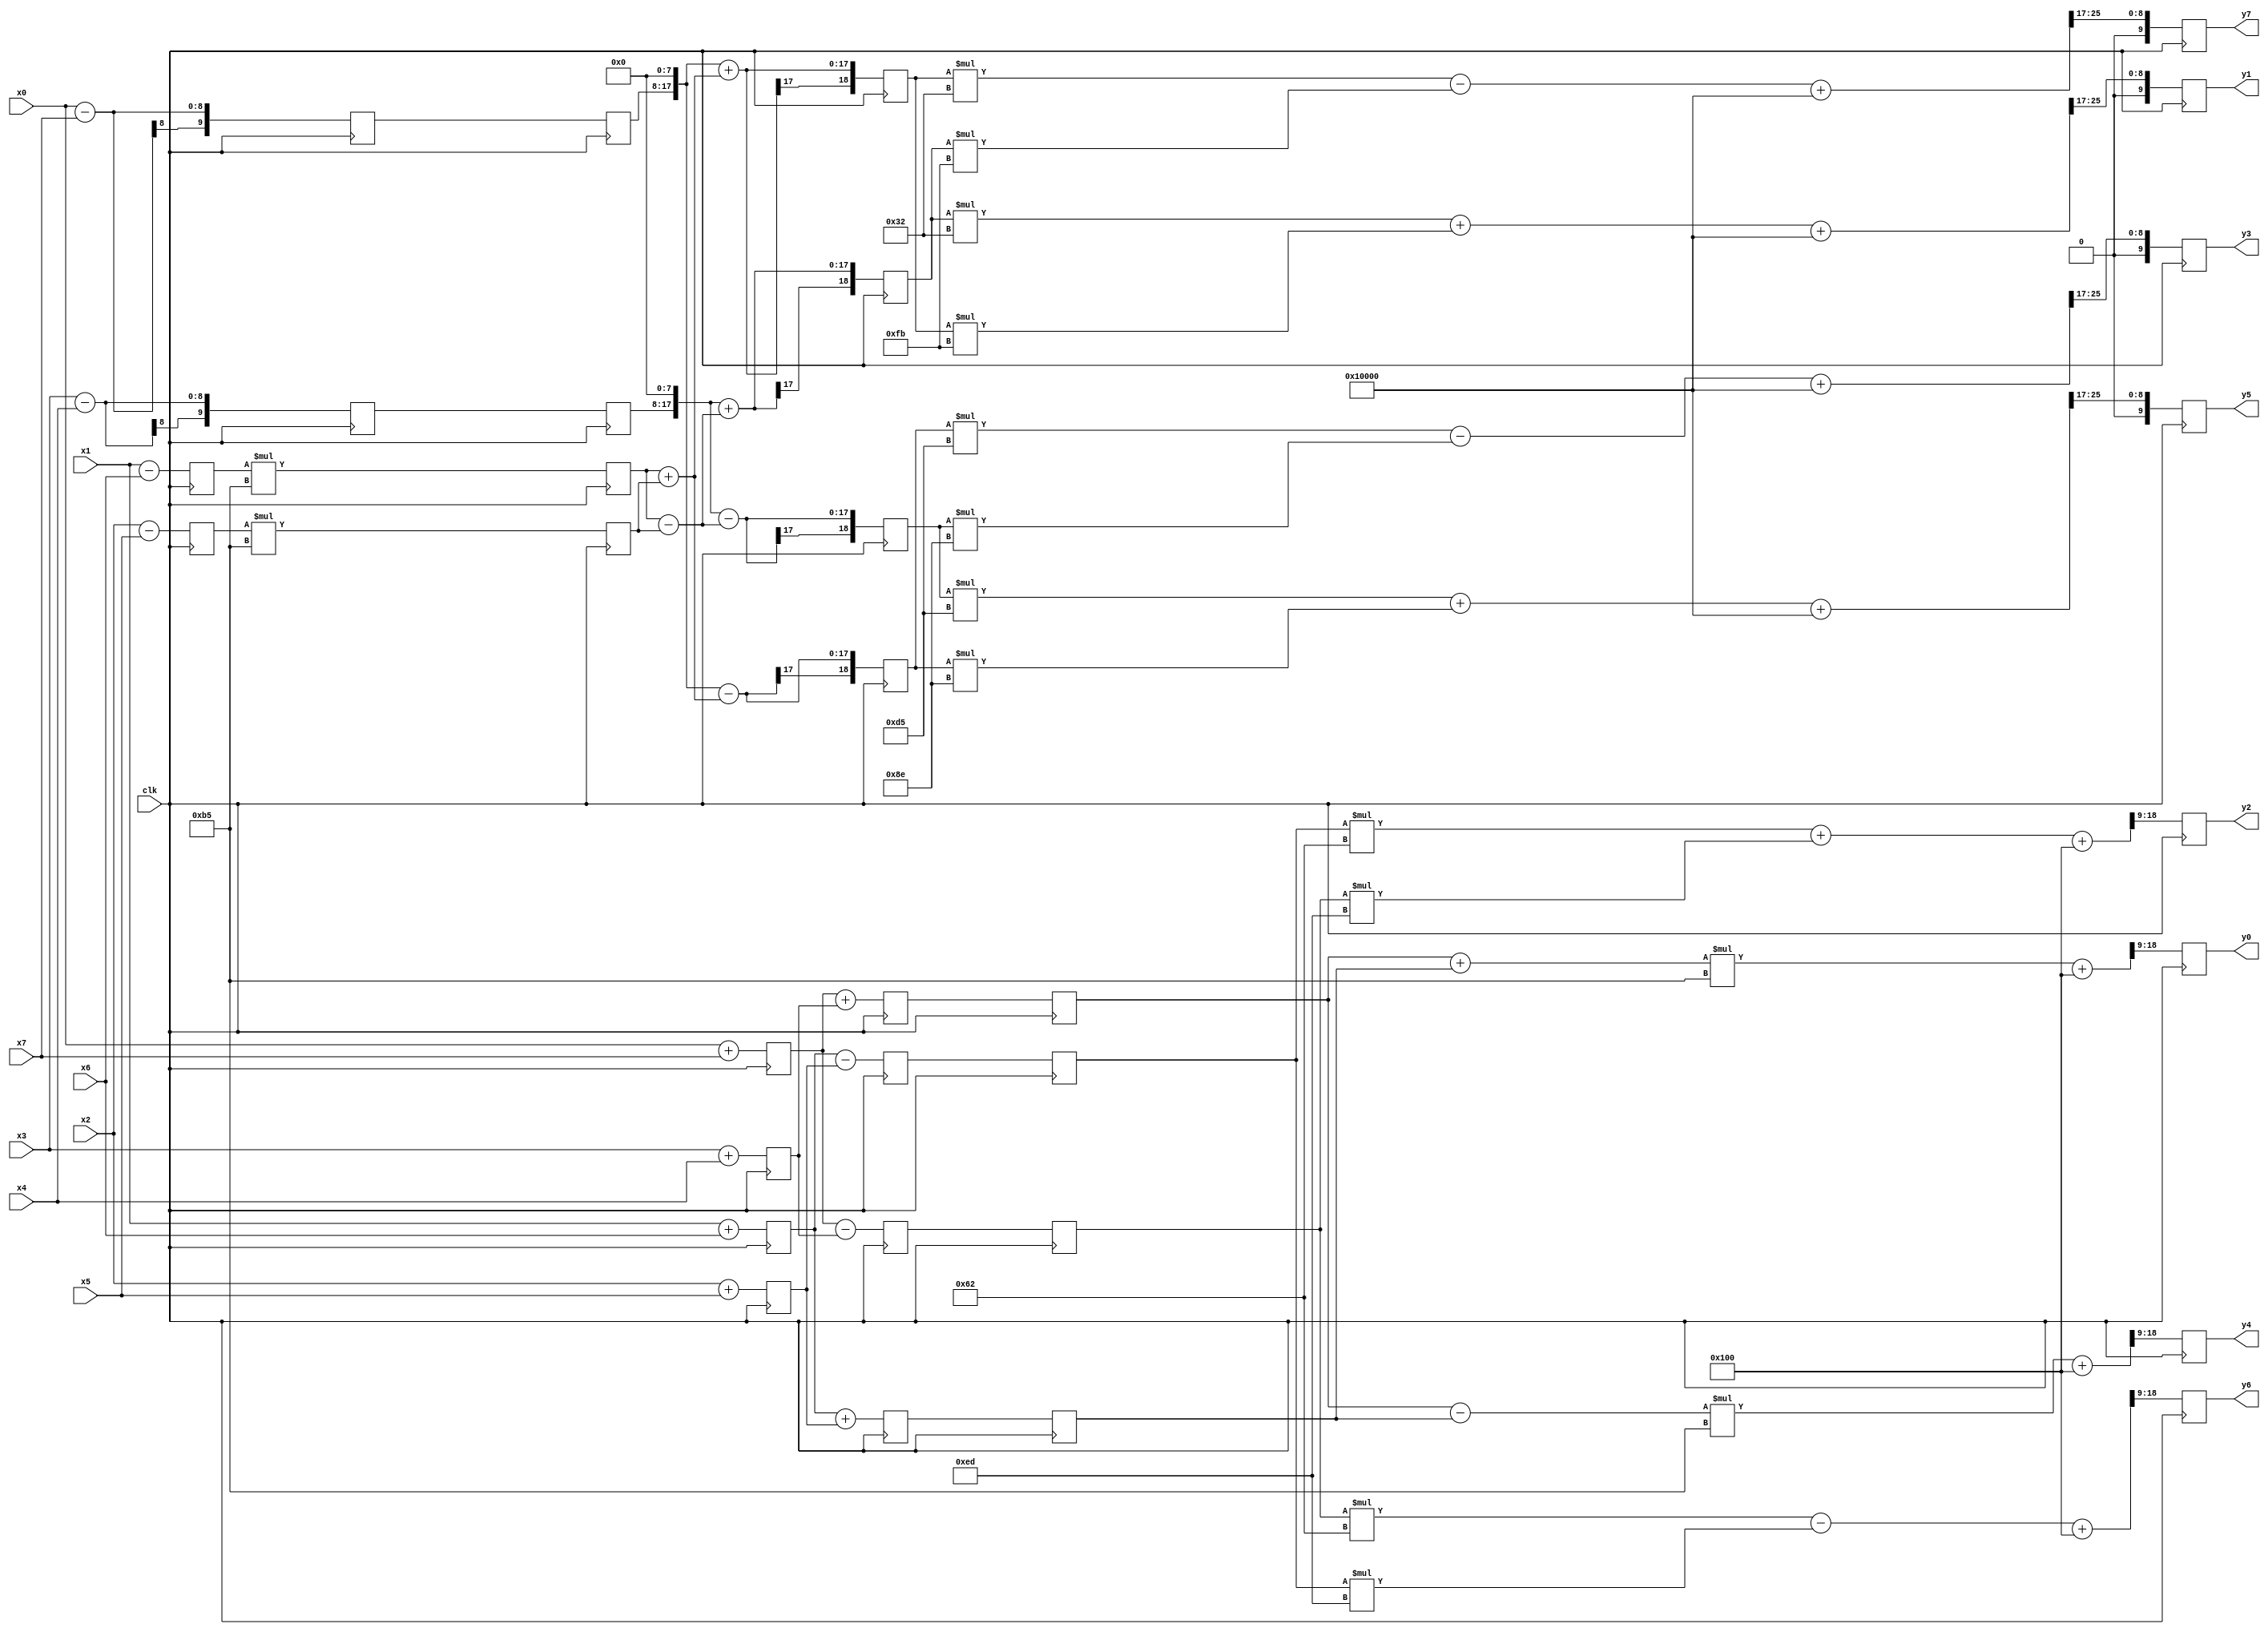
module dct1D #(
parameter IN_WIDTH   = 8,
parameter COEF_WIDTH = 9,
parameter COEF_FP    = 8
)
(
input clk,
input signed [IN_WIDTH-1:0] x0,
input signed [IN_WIDTH-1:0] x1,
input signed [IN_WIDTH-1:0] x2,
input signed [IN_WIDTH-1:0] x3,
input signed [IN_WIDTH-1:0] x4,
input signed [IN_WIDTH-1:0] x5,
input signed [IN_WIDTH-1:0] x6,
input signed [IN_WIDTH-1:0] x7,
output reg signed [IN_WIDTH+2-1:0] y0,
output reg signed [IN_WIDTH+2-1:0] y1,
output reg signed [IN_WIDTH+2-1:0] y2,
output reg signed [IN_WIDTH+2-1:0] y3,
output reg signed [IN_WIDTH+2-1:0] y4,
output reg signed [IN_WIDTH+2-1:0] y5,
output reg signed [IN_WIDTH+2-1:0] y6,
output reg signed [IN_WIDTH+2-1:0] y7
);

reg signed [IN_WIDTH+1-1:0] reg0_in0;
reg signed [IN_WIDTH+1-1:0] reg0_in1;
reg signed [IN_WIDTH+1-1:0] reg0_in2;
reg signed [IN_WIDTH+1-1:0] reg0_in3;
reg signed [IN_WIDTH+2-1:0] reg0_in4;
reg signed [IN_WIDTH+1-1:0] reg0_in5;
reg signed [IN_WIDTH+1-1:0] reg0_in6;
reg signed [IN_WIDTH+2-1:0] reg0_in7;
reg signed [IN_WIDTH+1-1:0] reg0_out0;
reg signed [IN_WIDTH+1-1:0] reg0_out1;
reg signed [IN_WIDTH+1-1:0] reg0_out2;
reg signed [IN_WIDTH+1-1:0] reg0_out3;
reg signed [IN_WIDTH+2-1:0] reg0_out4;
reg signed [IN_WIDTH+1-1:0] reg0_out5;
reg signed [IN_WIDTH+1-1:0] reg0_out6;
reg signed [IN_WIDTH+2-1:0] reg0_out7;

reg signed [IN_WIDTH+2-1:0] reg1_in0;
reg signed [IN_WIDTH+2-1:0] reg1_in1;
reg signed [IN_WIDTH+2-1:0] reg1_in2;
reg signed [IN_WIDTH+2-1:0] reg1_in3;
reg signed [IN_WIDTH+2-1:0] reg1_in4;
reg signed [IN_WIDTH+1+COEF_WIDTH-1:0] reg1_in5;
reg signed [IN_WIDTH+1+COEF_WIDTH-1:0] reg1_in6;
reg signed [IN_WIDTH+2-1:0] reg1_in7;
reg signed [IN_WIDTH+2-1:0] reg1_out0;
reg signed [IN_WIDTH+2-1:0] reg1_out1;
reg signed [IN_WIDTH+2-1:0] reg1_out2;
reg signed [IN_WIDTH+2-1:0] reg1_out3;
reg signed [IN_WIDTH+2-1:0] reg1_out4;
reg signed [IN_WIDTH+1+COEF_WIDTH-1:0] reg1_out5;
reg signed [IN_WIDTH+1+COEF_WIDTH-1:0] reg1_out6;
reg signed [IN_WIDTH+2-1:0] reg1_out7;

reg signed [IN_WIDTH+2+COEF_FP-1:0] reg1_out4_sh;
reg signed [IN_WIDTH+2+COEF_FP-1:0] reg1_out7_sh;

reg signed [IN_WIDTH+1+COEF_WIDTH-1:0] reg2_in4;
reg signed [IN_WIDTH+1+COEF_WIDTH-1:0] reg2_in5;
reg signed [IN_WIDTH+1+COEF_WIDTH-1:0] reg2_in6;
reg signed [IN_WIDTH+1+COEF_WIDTH-1:0] reg2_in7;
reg signed [IN_WIDTH+2-1:0] reg2_out0;
reg signed [IN_WIDTH+2-1:0] reg2_out1;
reg signed [IN_WIDTH+2-1:0] reg2_out2;
reg signed [IN_WIDTH+2-1:0] reg2_out3;
reg signed [IN_WIDTH+1+1+COEF_WIDTH-1:0] reg2_out4;
reg signed [IN_WIDTH+1+1+COEF_WIDTH-1:0] reg2_out5;
reg signed [IN_WIDTH+1+1+COEF_WIDTH-1:0] reg2_out6;
reg signed [IN_WIDTH+1+1+COEF_WIDTH-1:0] reg2_out7;

reg signed [IN_WIDTH+COEF_WIDTH+3-1:0] y0_nx;
reg signed [IN_WIDTH+1+1+COEF_WIDTH+COEF_WIDTH+1-1:0] y1_nx;
reg signed [IN_WIDTH+COEF_WIDTH+3-1:0] y2_nx;
reg signed [IN_WIDTH+1+1+COEF_WIDTH+COEF_WIDTH+1-1:0] y3_nx;
reg signed [IN_WIDTH+COEF_WIDTH+3-1:0] y4_nx;
reg signed [IN_WIDTH+1+1+COEF_WIDTH+COEF_WIDTH+1-1:0] y5_nx;
reg signed [IN_WIDTH+COEF_WIDTH+3-1:0] y6_nx;
reg signed [IN_WIDTH+1+1+COEF_WIDTH+COEF_WIDTH+1-1:0] y7_nx;

wire signed [COEF_WIDTH-1:0] c[0:6];
assign c[0] = 9'b010110101;
assign c[1] = 9'b011101101;
assign c[2] = 9'b001100010;
assign c[3] = 9'b011111011;
assign c[4] = 9'b011010101;
assign c[5] = 9'b010001110;
assign c[6] = 9'b000110010;

always@(posedge clk) begin
	y0 <= y0_nx[COEF_WIDTH+IN_WIDTH+2-1:9];
	y1 <= y1_nx[COEF_WIDTH+IN_WIDTH+IN_WIDTH+1-1:17];
	y2 <= y2_nx[COEF_WIDTH+IN_WIDTH+2-1:9];
	y3 <= y3_nx[COEF_WIDTH+IN_WIDTH+IN_WIDTH+1-1:17];
	y4 <= y4_nx[COEF_WIDTH+IN_WIDTH+2-1:9];
	y5 <= y5_nx[COEF_WIDTH+IN_WIDTH+IN_WIDTH+1-1:17];
	y6 <=y6_nx[COEF_WIDTH+IN_WIDTH+2-1:9];
	y7 <= y7_nx[COEF_WIDTH+IN_WIDTH+IN_WIDTH+1-1:17];
	//y2 <= y2_nx[9+8+2-1:9];
	//y3 <= y3_nx[17+8+2-1:17];
	//y4 <= y4_nx[9+8+2-1:9];
	//y5 <= y5_nx[17+8+2-1:17];
	//y6 <= y6_nx[9+8+2-1:9];
	//y7 <= y7_nx[17+8+2-1:17];
	reg0_out0 <= reg0_in0;
	reg0_out1 <= reg0_in1;
	reg0_out2 <= reg0_in2;
	reg0_out3 <= reg0_in3;
	reg0_out4 <= reg0_in4;
	reg0_out5 <= reg0_in5;
	reg0_out6 <= reg0_in6;
	reg0_out7 <= reg0_in7;
	reg1_out0 <= reg1_in0;
	reg1_out1 <= reg1_in1;
	reg1_out2 <= reg1_in2;
	reg1_out3 <= reg1_in3;
	reg1_out4 <= reg1_in4;
	reg1_out5 <= reg1_in5;
	reg1_out6 <= reg1_in6;
	reg1_out7 <= reg1_in7;
	reg2_out0 <= reg1_out0;
	reg2_out1 <= reg1_out1;
	reg2_out2 <= reg1_out2;
	reg2_out3 <= reg1_out3;
	reg2_out4 <= reg2_in4;
	reg2_out5 <= reg2_in5;
	reg2_out6 <= reg2_in6;
	reg2_out7 <= reg2_in7;
end

always@* begin
	reg0_in0 = x0 + x7;
	reg0_in1 = x1 + x6;
	reg0_in2 = x2 + x5;
	reg0_in3 = x3 + x4;
	reg0_in4 = x3 - x4;
	reg0_in5 = x2 - x5;
	reg0_in6 = x1 - x6;
	reg0_in7 = x0 - x7;

	reg1_in0 = reg0_out0 + reg0_out3;
	reg1_in1 = reg0_out1 + reg0_out2;
	reg1_in2 = reg0_out1 - reg0_out2;
	reg1_in3 = reg0_out0 - reg0_out3;
	reg1_in4 = reg0_out4;
	reg1_in5 = reg0_out5 * c[0];
	reg1_in6 = reg0_out6 * c[0];
	reg1_in7 = reg0_out7;
	
	reg1_out4_sh = reg1_out4 <<< COEF_FP;
	reg1_out7_sh = reg1_out7 <<< COEF_FP;

	reg2_in4 = reg1_out4_sh + (reg1_out6 - reg1_out5);
	reg2_in5 = reg1_out4_sh - (reg1_out6 - reg1_out5);
	reg2_in6 = reg1_out7_sh - (reg1_out6 + reg1_out5);
	reg2_in7 = reg1_out7_sh + (reg1_out6 + reg1_out5);	
	y0_nx = (reg2_out0 + reg2_out1) * c[0] + 256;
	y4_nx = (reg2_out0 - reg2_out1) * c[0] + 256;
	y2_nx = reg2_out2 * c[2] + reg2_out3 * c[1] + 256;
	y6_nx = reg2_out3 * c[2] - reg2_out2 * c[1] + 256;
	y1_nx = reg2_out4 * c[6] + reg2_out7 * c[3] + 65536;
	y5_nx = reg2_out5 * c[4] + reg2_out6 * c[5] + 65536;
	y3_nx = reg2_out6 * c[4] - reg2_out5 * c[5] + 65536;
	y7_nx = reg2_out7 * c[6] - reg2_out4 * c[3] + 65536;  
end

endmodule